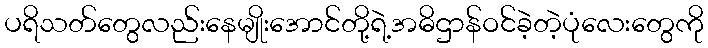
ပရိသတ်တွေလည်းနေမျိုးအောင်တို့ရဲ့အဓိဌာန်ဝင်ခဲ့တဲ့ပုံလေးတွေကို